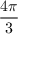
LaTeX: \frac { 4 \pi } { 3 }